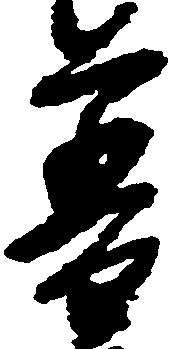
普